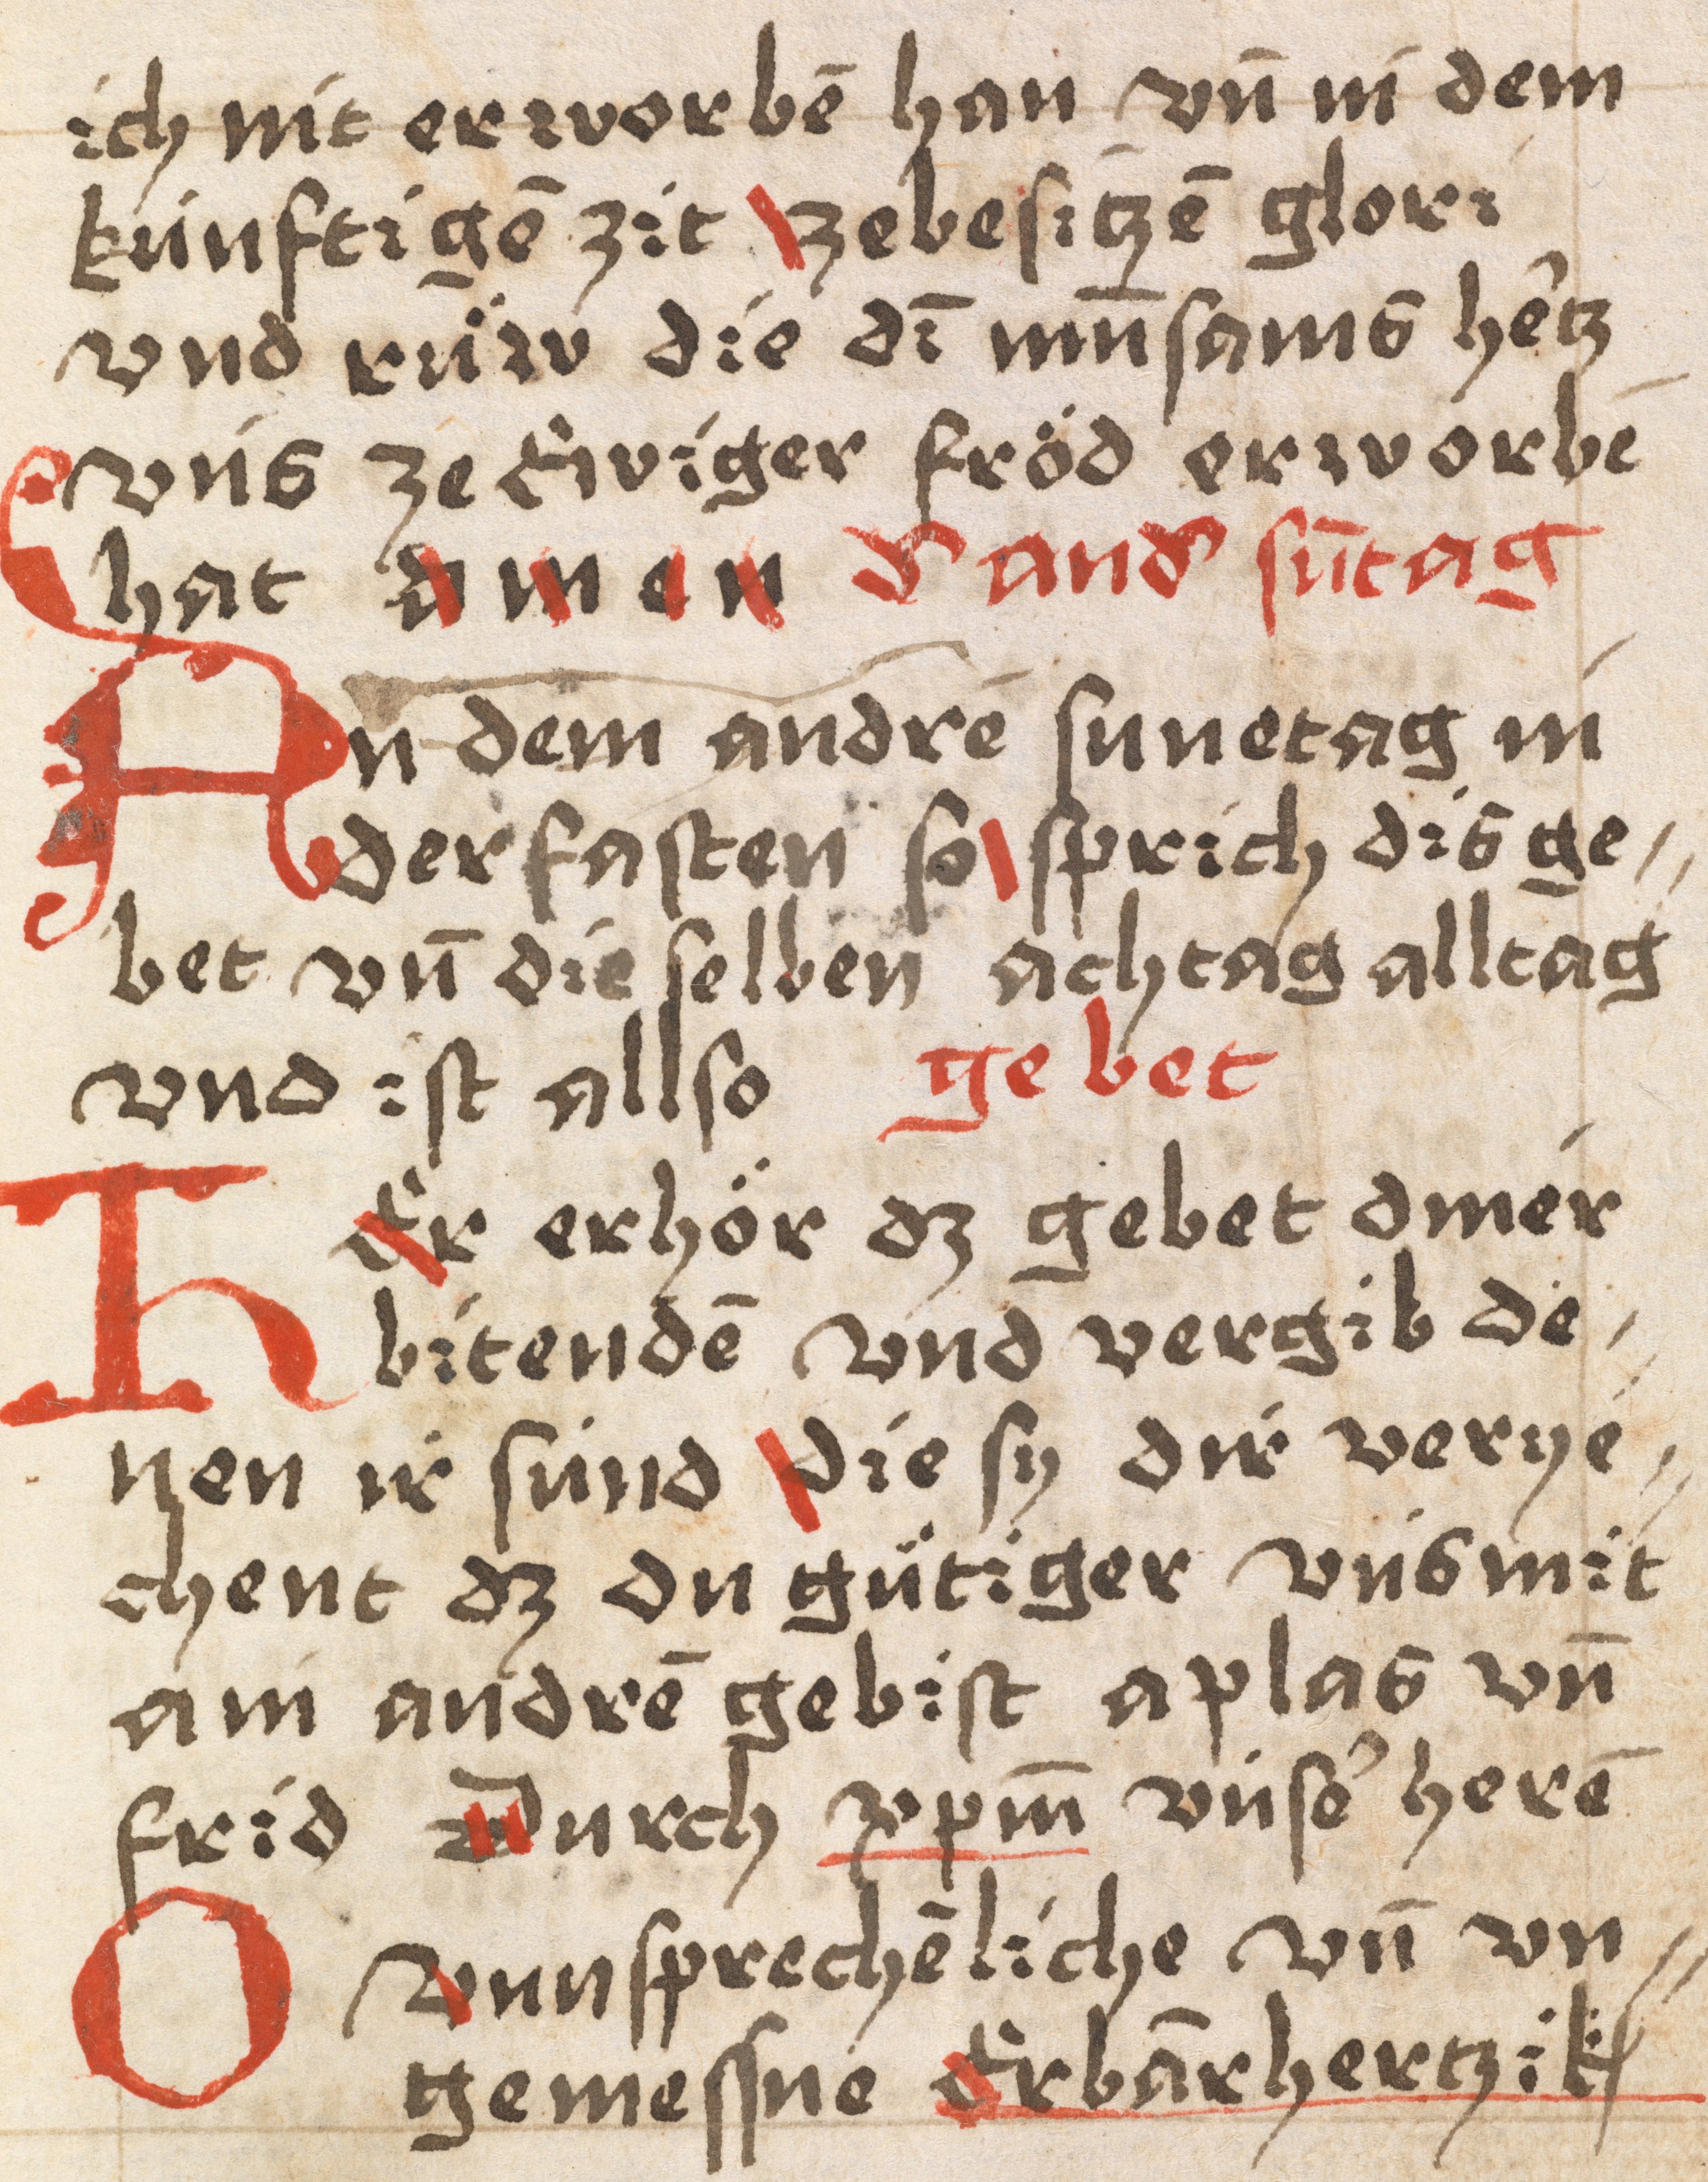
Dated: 1400–1499